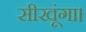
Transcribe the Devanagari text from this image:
सीखूंगा।